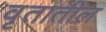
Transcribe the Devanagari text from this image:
वृतातील